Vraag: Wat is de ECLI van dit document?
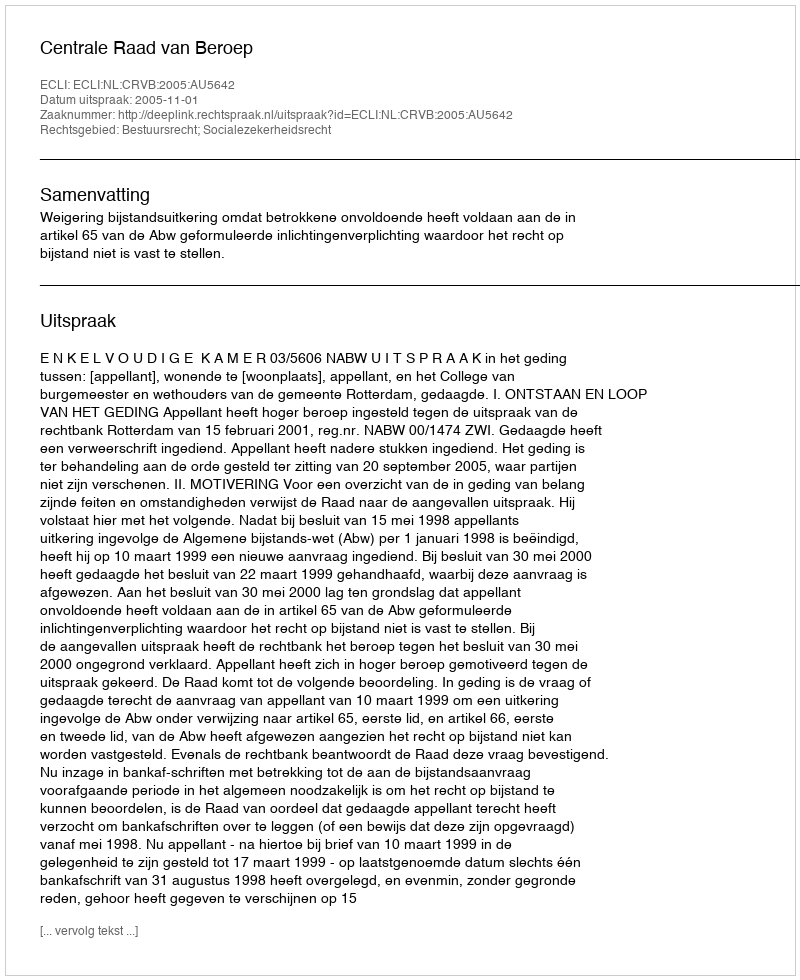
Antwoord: ECLI:NL:CRVB:2005:AU5642